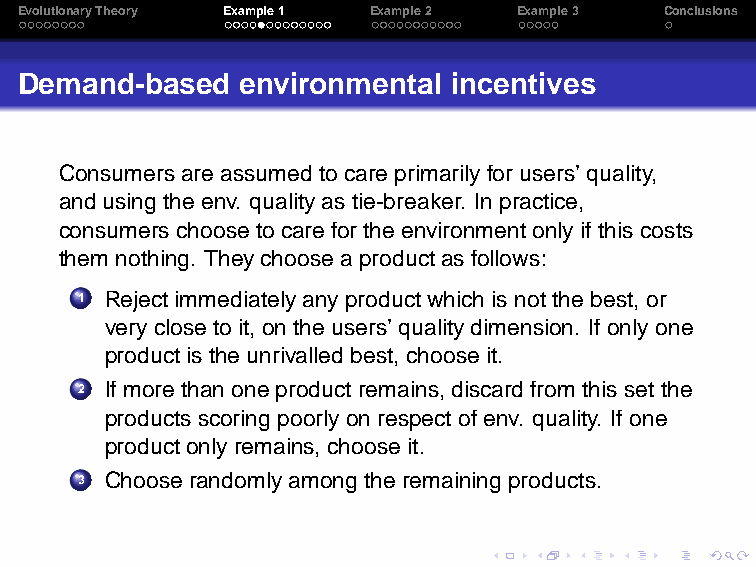
EvolutionaryTheory Example1 Example2 Example3 Conclusions
 Demand-based   environmental incentives
 Consumersare assumedto care primarily for users’ quality,
 andusing theenv. qualityas tie-breaker. In practice,
 consumerschooseto care forthe environmentonlyif this costs
 them nothing. Theychoosea productas follows:
 1 Rejectimmediatelyanyproductwhich is notthe best,or
 veryclose to it, onthe users’ qualitydimension. Ifonlyone
 productis the unrivalledbest, chooseit.
 2 If morethanoneproductremains,discard from thisset the
 productsscoring poorlyonrespectof env. quality. If one
 productonlyremains,chooseit.
 3 Chooserandomlyamongthe remainingproducts.